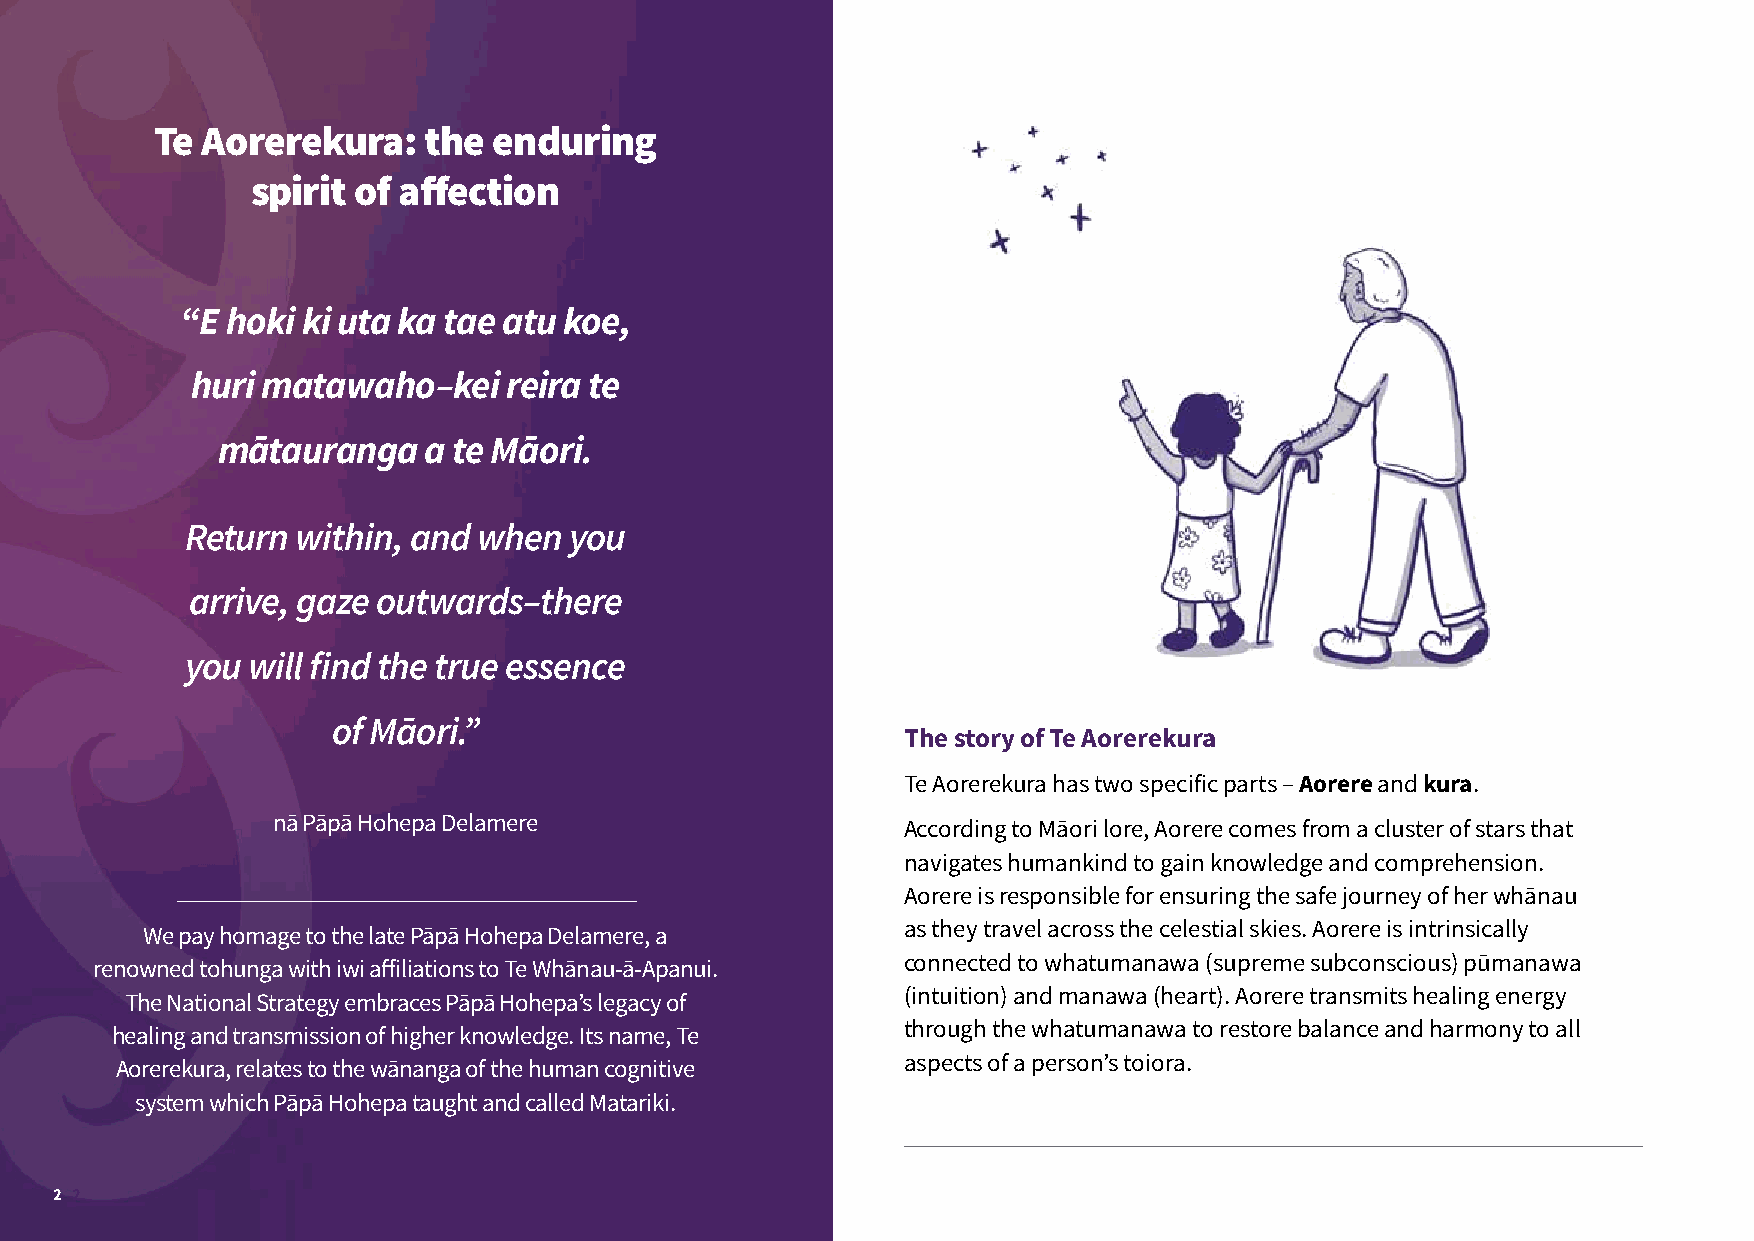
Te Aorerekura:    the  enduring
 spirit of affection
 “E hoki ki uta ka tae atu koe,
 huri matawaho–kei    reira te
 mātauranga    a te Māori.
 Return  within, and when  you
 arrive, gaze outwards–there
 you will find the true essence
 of Māori.”
 The story of Te Aorerekura
 Te Aorerekura has two specific parts – Aorere and kura.
 nā Pāpā Hohepa Delamere                   According to Māori lore, Aorere comes from a cluster of stars that
 navigates humankind to gain knowledge and comprehension.
 Aorere is responsible for ensuring the safe journey of her whānau
 as they travel across the celestial skies. Aorere is intrinsically
 We pay homage to the late Pāpā Hohepa Delamere, a
 connected to whatumanawa (supreme subconscious) pūmanawa
 renowned tohunga with iwi affiliations to Te Whānau-ā-Apanui.
 (intuition) and manawa (heart). Aorere transmits healing energy
 The National Strategy embraces Pāpā Hohepa’s legacy of
 through the whatumanawa to restore balance and harmony to all
 healing and transmission of higher knowledge. Its name, Te
 aspects of a person’s toiora.
 Aorerekura, relates to the wānanga of the human cognitive
 system which Pāpā Hohepa taught and called Matariki.
 2 2